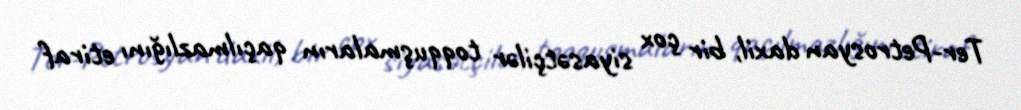
Ter-Petrosyan daxil, bir çox siyasətçilər toqquşmaların qaçılmazlığını etiraf